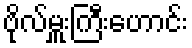
ဗိုလ်မှူးကြီးဟောင်း